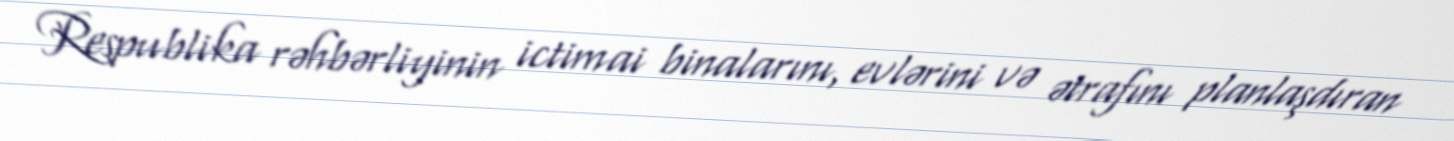
Respublika rəhbərliyinin ictimai binalarını, evlərini və ətrafını planlaşdıran